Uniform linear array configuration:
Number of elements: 4
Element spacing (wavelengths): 0.5
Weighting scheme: cosine
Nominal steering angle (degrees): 30
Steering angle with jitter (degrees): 29.219
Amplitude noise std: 0.05
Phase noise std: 0.05

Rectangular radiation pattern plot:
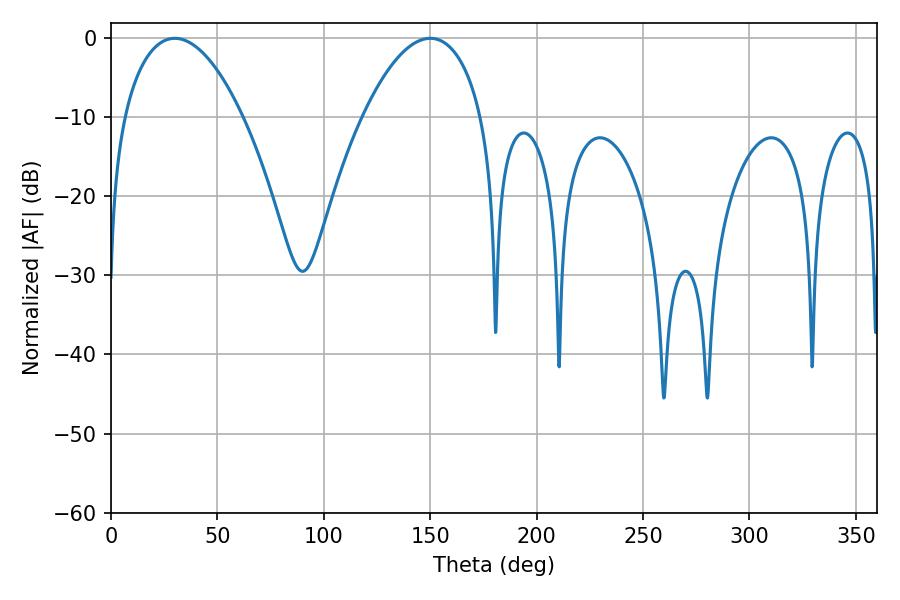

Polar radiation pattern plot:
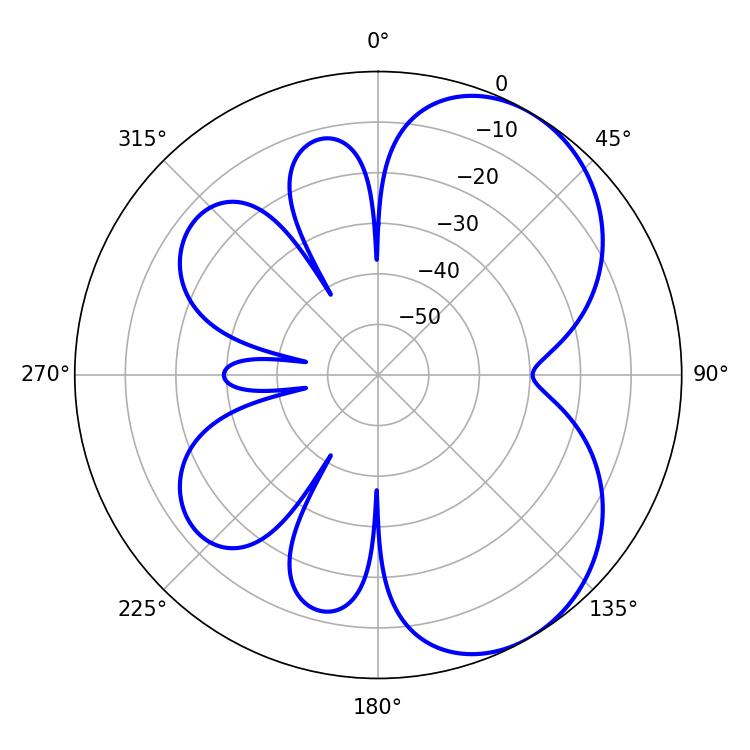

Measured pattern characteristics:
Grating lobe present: FALSE
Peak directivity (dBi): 5.494
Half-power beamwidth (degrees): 31.32
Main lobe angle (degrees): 150.12